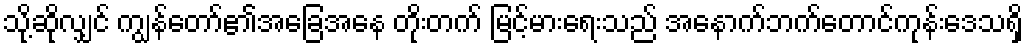
သို့ဆိုလျှင် ကျွန်တော်၏အခြေအနေ တိုးတက် မြင့်မားရေးသည် အနောက်ဘက်တောင်ကုန်းဒေသရှိ